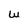
Character: W